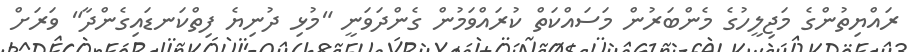
ރައްޔިތުންގެ މަޖިލީހުގެ މެންބަރުން މަސައްކަތް ކުރައްވަމުން ގެންދަވަނީ "މުޅި ދުނިޔެ ފިތްކަނޑައިގެންދާ" ވަރަށް